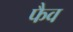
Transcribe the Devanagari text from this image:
फैव